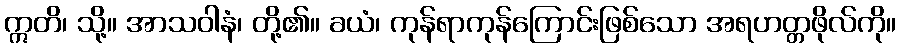
ဣတိ၊ သို့။ အာသဝါနံ၊ တို့၏။ ခယံ၊ ကုန်ရာကုန်ကြောင်းဖြစ်သော အရဟတ္တဖိုလ်ကို။